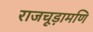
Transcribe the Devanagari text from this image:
राजचूड़ामणि